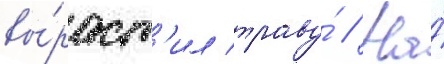
вы́раст'ил траву́ // На́